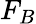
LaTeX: F_{B}